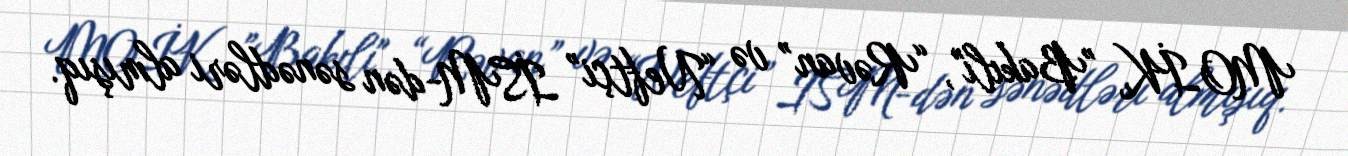
MOİK, ”Bakılı", “Rəvan” və “Neftçi” İSM-dən sənədləri almışıq.